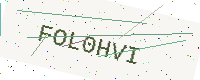
Text: FOL0HVI